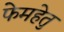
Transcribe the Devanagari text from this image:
फेमहेतु